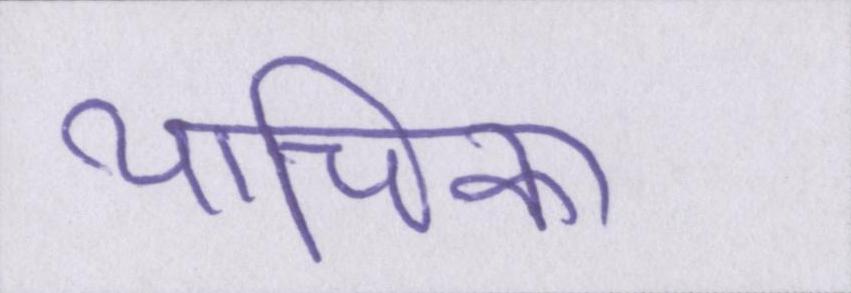
याचिका